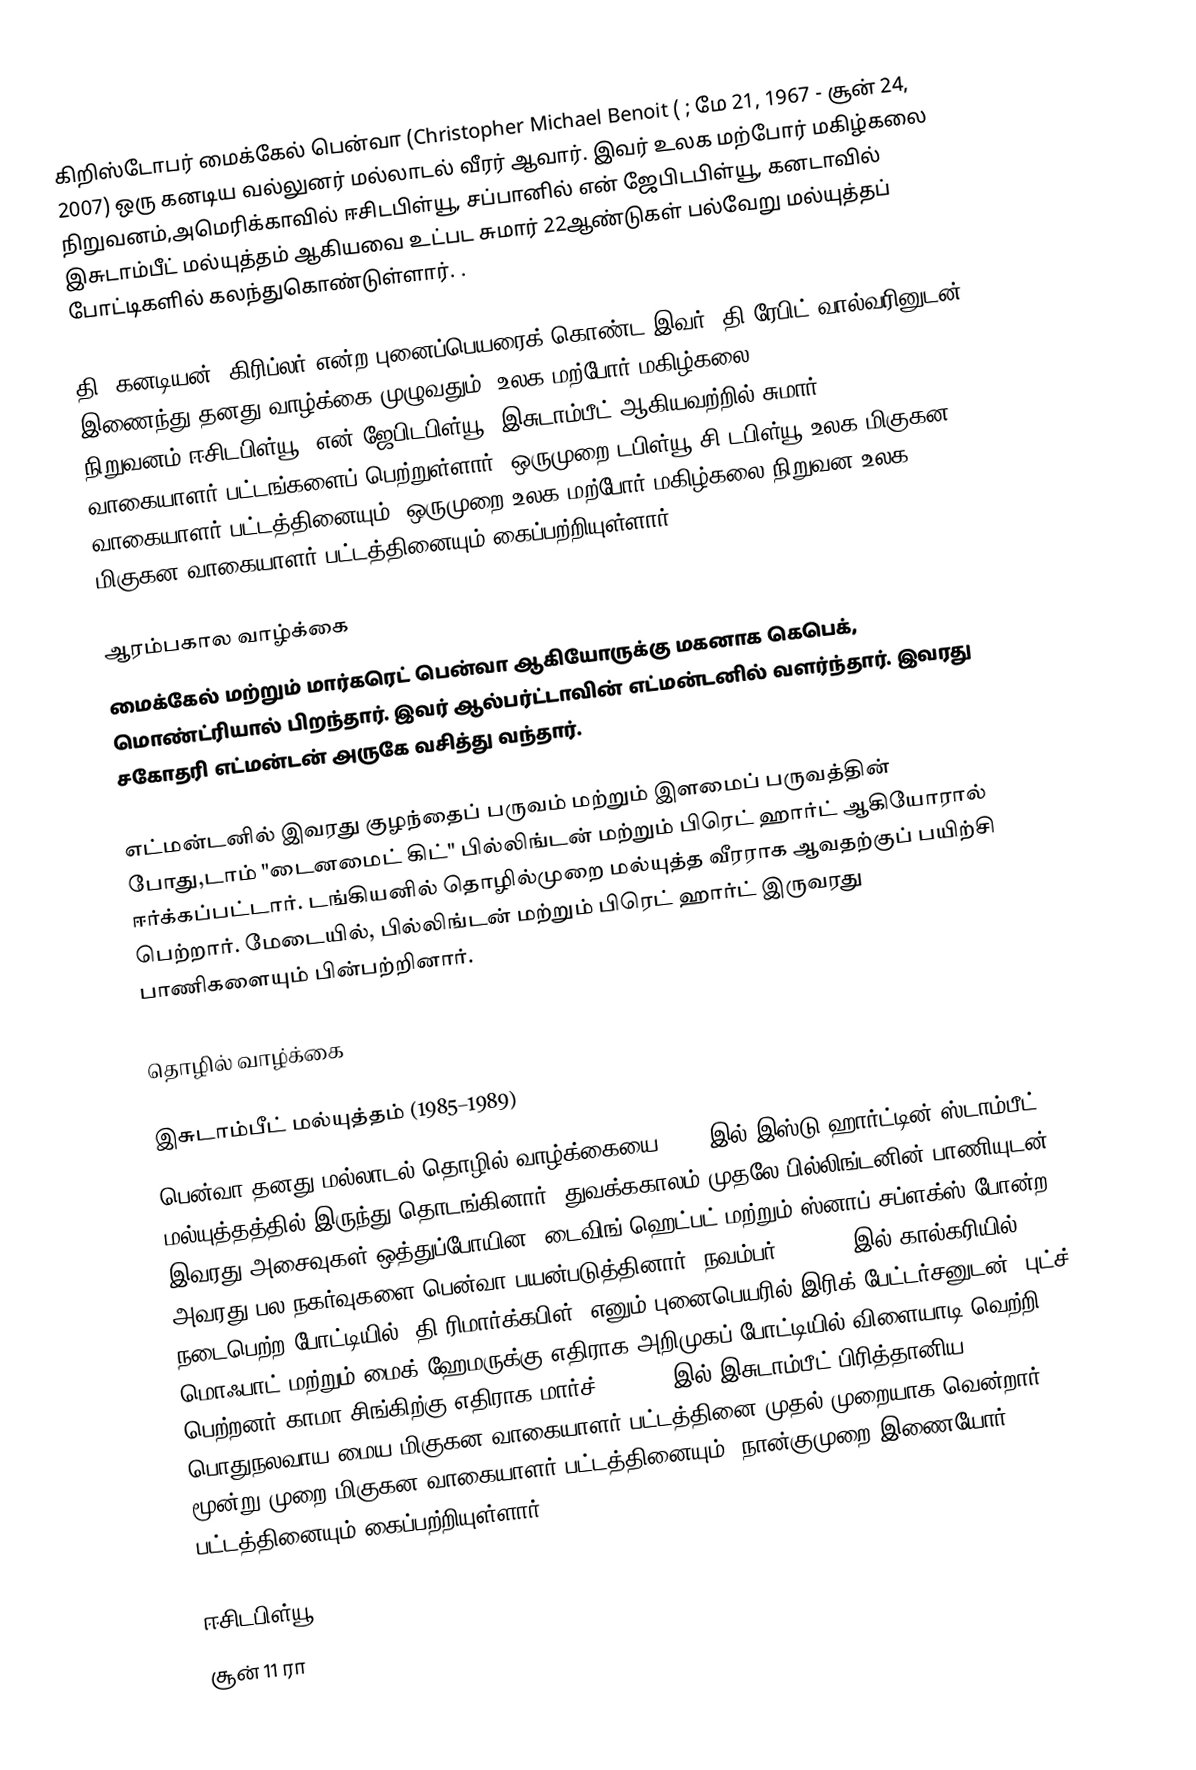
கிறிஸ்டோபர் மைக்கேல் பென்வா (Christopher Michael Benoit ( ; மே 21, 1967 - சூன் 24, 2007) ஒரு கனடிய வல்லுனர் மல்லாடல் வீரர் ஆவார். இவர் உலக மற்போர் மகிழ்கலை நிறுவனம்,அமெரிக்காவில் ஈசிடபிள்யூ, சப்பானில் என் ஜேபிடபிள்யூ,  கனடாவில் இசுடாம்பீட் மல்யுத்தம் ஆகியவை உட்பட சுமார் 22ஆண்டுகள் பல்வேறு மல்யுத்தப் போட்டிகளில் கலந்துகொண்டுள்ளார்.  .

தி (கனடியன்) கிரிப்லர் என்ற புனைப்பெயரைக் கொண்ட இவர், தி ரேபிட் வால்வரினுடன் இணைந்து தனது வாழ்க்கை முழுவதும்,  உலக மற்போர் மகிழ்கலை நிறுவனம்,ஈசிடபிள்யூ, என் ஜேபிடபிள்யூ,  இசுடாம்பீட் ஆகியவற்றில் சுமார் 30 வாகையாளர் பட்டங்களைப் பெற்றுள்ளார். ஒருமுறை டபிள்யூ சி டபிள்யூ உலக மிகுகன வாகையாளர் பட்டத்தினையும், ஒருமுறை உலக மற்போர் மகிழ்கலை நிறுவன உலக மிகுகன வாகையாளர் பட்டத்தினையும் கைப்பற்றியுள்ளார்.

ஆரம்பகால வாழ்க்கை
மைக்கேல் மற்றும் மார்கரெட் பென்வா ஆகியோருக்கு மகனாக கெபெக், மொண்ட்ரியால் பிறந்தார். இவர் ஆல்பர்ட்டாவின் எட்மன்டனில் வளர்ந்தார். இவரது சகோதரி எட்மன்டன் அருகே வசித்து வந்தார்.

எட்மன்டனில் இவரது குழந்தைப் பருவம் மற்றும் இளமைப் பருவத்தின் போது,டாம் "டைனமைட் கிட்" பில்லிங்டன்  மற்றும் பிரெட் ஹார்ட் ஆகியோரால் ஈர்க்கப்பட்டார். டங்கியனில் தொழில்முறை மல்யுத்த வீரராக ஆவதற்குப் பயிற்சி பெற்றார். மேடையில், பில்லிங்டன் மற்றும் பிரெட் ஹார்ட் இருவரது பாணிகளையும் பின்பற்றினார்.

தொழில் வாழ்க்கை

இசுடாம்பீட் மல்யுத்தம் (1985–1989)
பென்வா தனது மல்லாடல் தொழில் வாழ்க்கையை 1985 இல் இஸ்டு ஹார்ட்டின் ஸ்டாம்பீட் மல்யுத்தத்தில் இருந்து தொடங்கினார். துவக்ககாலம் முதலே பில்லிங்டனின் பாணியுடன் இவரது அசைவுகள் ஒத்துப்போயின. டைவிங் ஹெட்பட் மற்றும் ஸ்னாப் சப்ளக்ஸ் போன்ற அவரது பல நகர்வுகளை பென்வா பயன்படுத்தினார். நவம்பர் 22, 1985இல் கால்கரியில் நடைபெற்ற போட்டியில் "தி ரிமார்க்கபிள்" எனும் புனைபெயரில் இரிக் பேட்டர்சனுடன், புட்ச் மொஃபாட் மற்றும் மைக் ஹேமருக்கு எதிராக அறிமுகப் போட்டியில் விளையாடி வெற்றி பெற்றனர்.காமா சிங்கிற்கு எதிராக மார்ச் 18, 1988இல் இசுடாம்பீட் பிரித்தானிய பொதுநலவாய மைய-மிகுகன வாகையாளர் பட்டத்தினை முதல் முறையாக வென்றார். மூன்று முறை மிகுகன வாகையாளர் பட்டத்தினையும், நான்குமுறை இணையோர் பட்டத்தினையும் கைப்பற்றியுள்ளார்.

ஈசிடபிள்யூ
சூன் 11 ரா